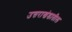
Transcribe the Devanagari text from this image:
उत्तराखंडातील